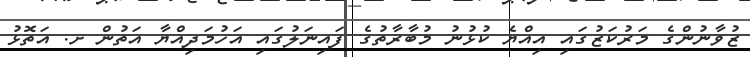
ޒުވާނުންގެ މަރުކަޒުގައި އިއްޔެ ކުޅުނު މުބާރާތުގެ ފައިނަލުގައި އަހުމަދިއްޔާ އަތުން ށ. އަތޮޅު